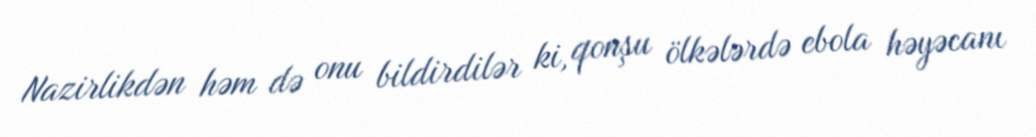
Nazirlikdən həm də onu bildirdilər ki, qonşu ölkələrdə ebola həyəcanı